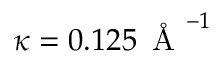
\kappa = 0 . 1 2 5 \, \mathrm { ~ \AA ~ } ^ { - 1 }